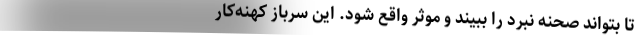
تا بتواند صحنه نبرد را ببیند و موثر واقع شود. این سرباز کهنه‌کار